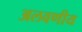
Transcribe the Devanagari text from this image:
अलवणीय